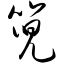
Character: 篼